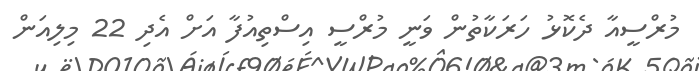
މުރްސީއާ ދެކޮޅު ހަރަކާތުން ވަނީ މުރްސީ އިސްތިއުފާ އަށް އެދި 22 މިލިއަން